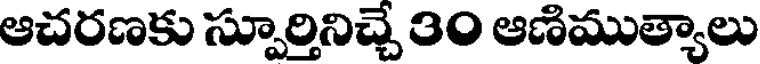
ఆచరణకు స్పూర్తినిచ్చే 30 ఆణిముత్యాలు